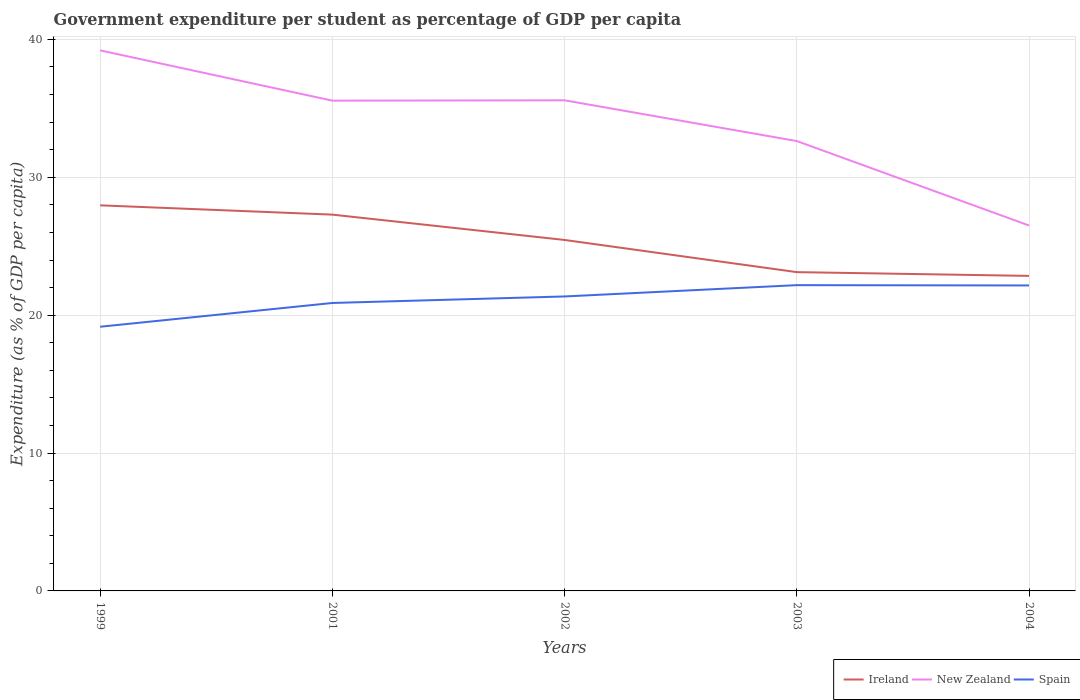
| Years | Ireland | New Zealand | Spain |
 | --- | --- | --- | --- |
 | 1999 | 28 | 39.2 | 19.2 |
 | 2001 | 27.3 | 35.6 | 20.9 |
 | 2002 | 25.5 | 35.6 | 21.4 |
 | 2003 | 23.1 | 32.6 | 22.2 |
 | 2004 | 22.8 | 26.5 | 22.2 |